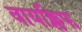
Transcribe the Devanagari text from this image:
वायक्लिफ